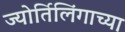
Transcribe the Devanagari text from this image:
ज्‍योर्तिलिंगाच्‍या